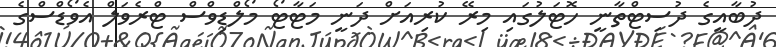
ދުބާއީގެ ދުސިޓްތާނީ ހޮޓަލުގައި މިރޭ ކުރިއަށް ދަނީ މަޓާޓޯ މޯލްޑިވްސް ޓްރެވަލް އެވޯޑްސްގެ